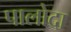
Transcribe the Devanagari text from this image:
पालोदा